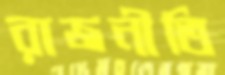
রাজনীতি